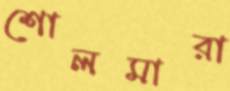
শোলমারা